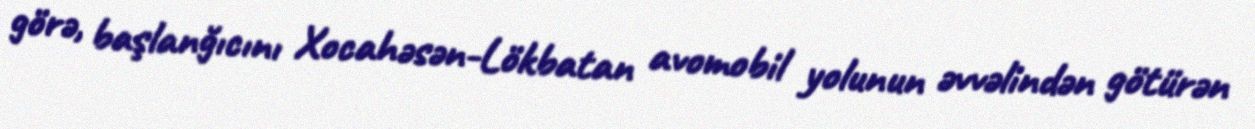
görə, başlanğıcını Xocahəsən-Lökbatan avomobil yolunun əvvəlindən götürən